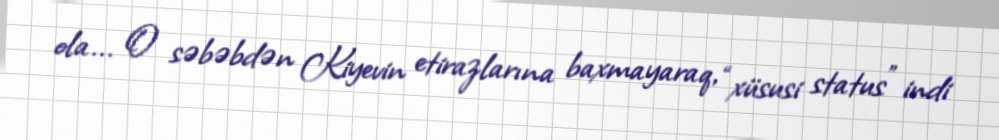
ola... O səbəbdən Kiyevin etirazlarına baxmayaraq, “xüsusi status” indi